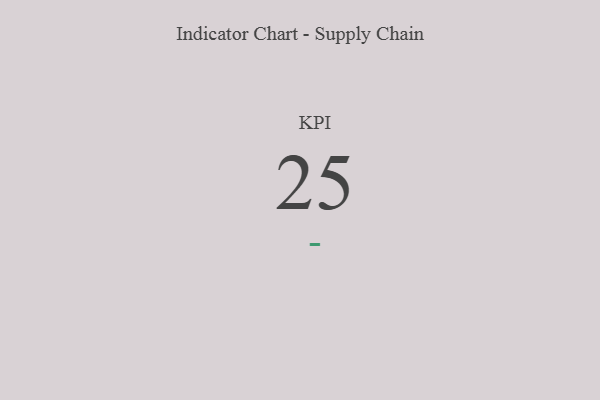
{"axis": {"x": "KPI", "y": "Value"}, "legend": [""], "data": [{"x": "KPI", "y": 25, "type": ""}]}